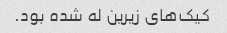
کیک‌های زیرین له شده بود.